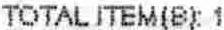
TOTAL ITEM(B): 1